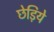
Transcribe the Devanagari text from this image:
छेड़िये